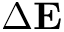
\Delta \mathbf { E }